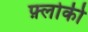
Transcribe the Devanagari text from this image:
फ़्लोकी